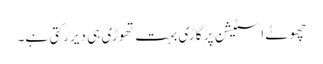
چھوٹے اسٹیشن پر گاڑی بہت تھوڑی ہی دیر رکتی ہے۔